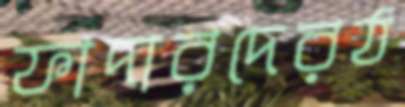
ফাদারদেরঠ